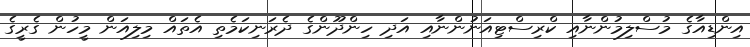
އިންޑިއާގެ މުސްލިމުންނާއި ކްރިސްޓިއަނުންނާއި އަދި ހިންދޫންގެ ދެރަނިކަމެތި އެތައް މިލިއަން މީހުން ގެރީގެ